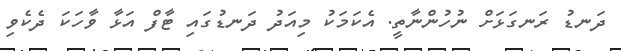
ދަނޑު ރަނގަޅަށް ނުހުންނާތީ. އެކަމަކު މިއަދު ދަނޑުގައި ޓާފް އަޅާ ވާހަކަ ދެކެވި